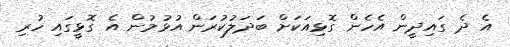
އެ ދެ ގައިދީން އެހެން ގޮޅިއަކަށް ބަދަލުކުރަން އުޅުމުން އެ ގޮޅީގައި ހުރި